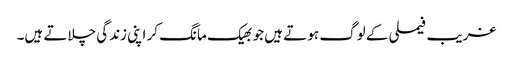
غریب فیملی کے لوگ ہوتے ہیں جو بھیک مانگ کر اپنی زندگی چلاتے ہیں۔